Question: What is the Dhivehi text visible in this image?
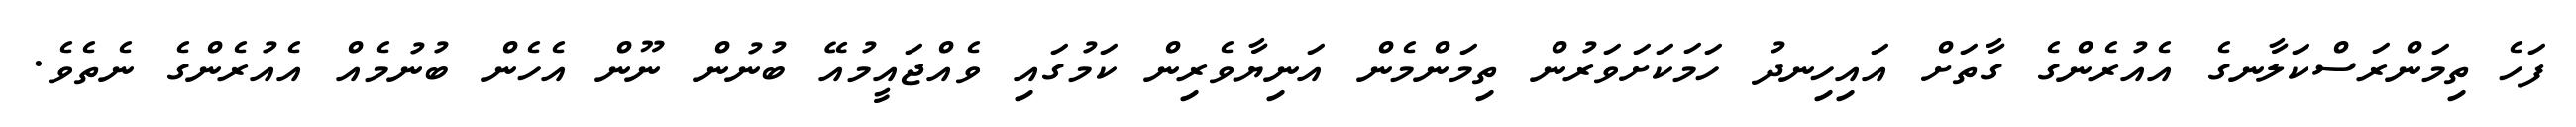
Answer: ފަހެ ތިމަންރަސްކަލާނގެ އެއުރެންގެ ގާތަށް އައިހިނދު ހަމަކަށަވަރުން ތިމަންމެން އަނިޔާވެރިން ކަމުގައި ވެއްޖައީމުއޭ ބުނުން ނޫން އެހެން ބުނުމެއް އެއުރެންގެ ނެތެވެ.